Indian journal of veterinary science and animal husbandry - Volumes 22-23, 1952-1953
Year: 1952
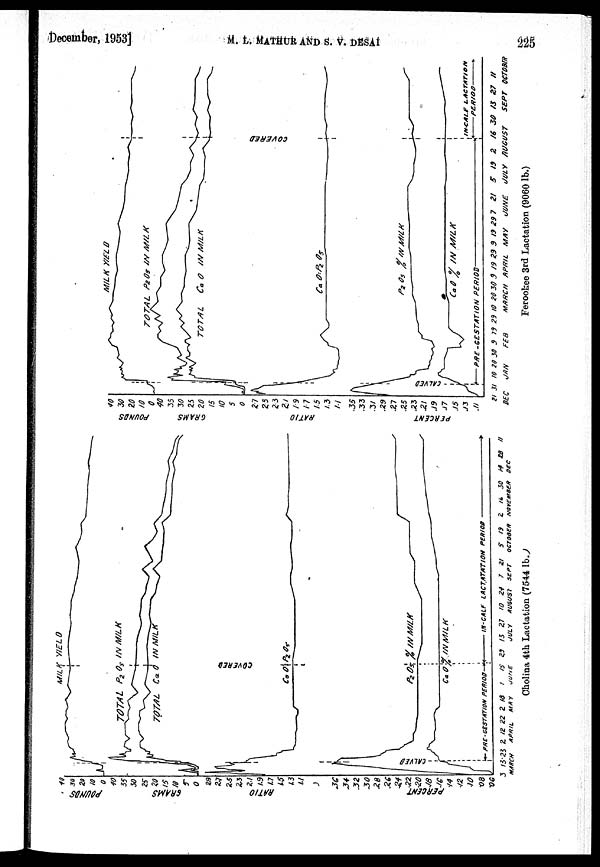
December, 1953]
M.
L.
MATHUR
AND
S.
V.
DESAI
225
Cholina 4th Lactation (7544 lb.)
Ferookee 3rd Lactation (9060 lb.)